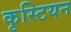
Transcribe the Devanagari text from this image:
कृस्टियन